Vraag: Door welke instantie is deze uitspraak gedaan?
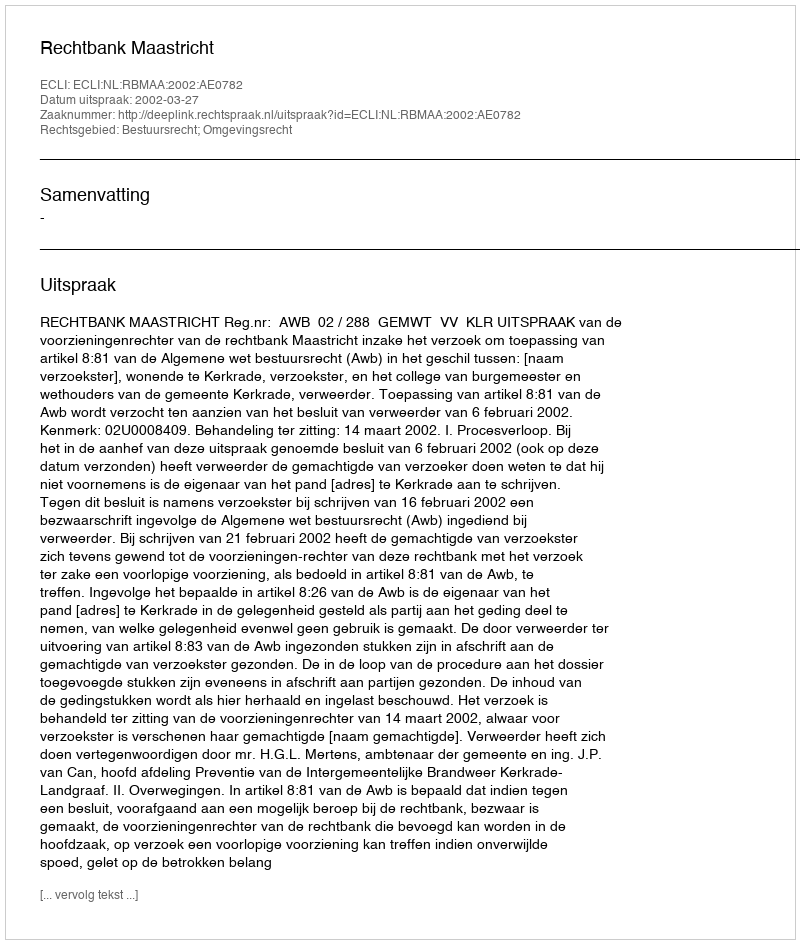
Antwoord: Rechtbank Maastricht